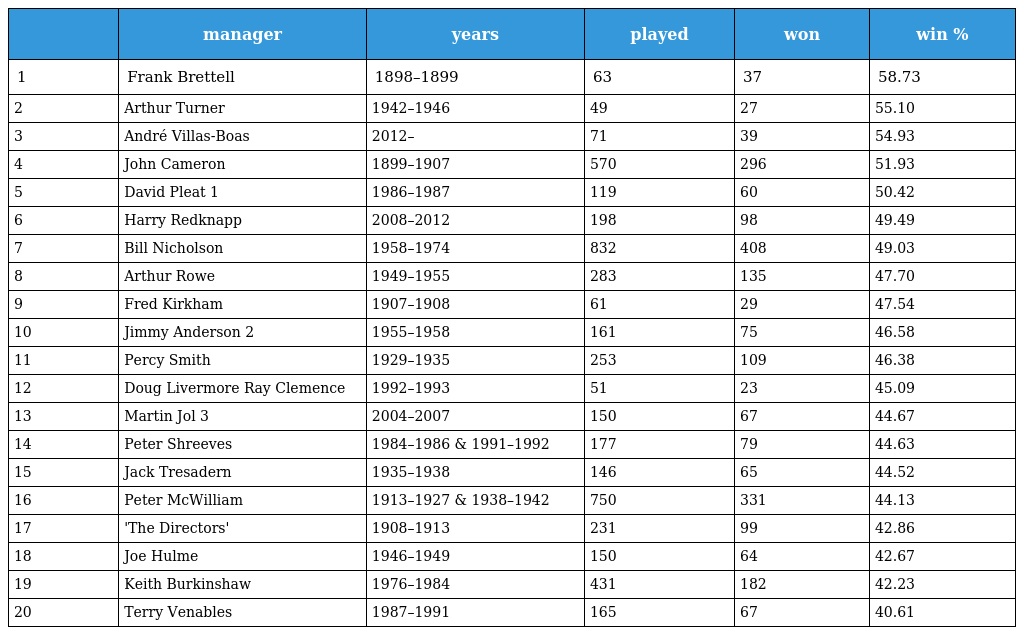
|  | manager | years | played | won | win % |
 | --- | --- | --- | --- | --- | --- |
 | 1 | Frank Brettell | 1898–1899 | 63 | 37 | 58.73 |
 | 2 | Arthur Turner | 1942–1946 | 49 | 27 | 55.10 |
 | 3 | André Villas-Boas | 2012– | 71 | 39 | 54.93 |
 | 4 | John Cameron | 1899–1907 | 570 | 296 | 51.93 |
 | 5 | David Pleat 1 | 1986–1987 | 119 | 60 | 50.42 |
 | 6 | Harry Redknapp | 2008–2012 | 198 | 98 | 49.49 |
 | 7 | Bill Nicholson | 1958–1974 | 832 | 408 | 49.03 |
 | 8 | Arthur Rowe | 1949–1955 | 283 | 135 | 47.70 |
 | 9 | Fred Kirkham | 1907–1908 | 61 | 29 | 47.54 |
 | 10 | Jimmy Anderson 2 | 1955–1958 | 161 | 75 | 46.58 |
 | 11 | Percy Smith | 1929–1935 | 253 | 109 | 46.38 |
 | 12 | Doug Livermore Ray Clemence | 1992–1993 | 51 | 23 | 45.09 |
 | 13 | Martin Jol 3 | 2004–2007 | 150 | 67 | 44.67 |
 | 14 | Peter Shreeves | 1984–1986 & 1991–1992 | 177 | 79 | 44.63 |
 | 15 | Jack Tresadern | 1935–1938 | 146 | 65 | 44.52 |
 | 16 | Peter McWilliam | 1913–1927 & 1938–1942 | 750 | 331 | 44.13 |
 | 17 | 'The Directors' | 1908–1913 | 231 | 99 | 42.86 |
 | 18 | Joe Hulme | 1946–1949 | 150 | 64 | 42.67 |
 | 19 | Keith Burkinshaw | 1976–1984 | 431 | 182 | 42.23 |
 | 20 | Terry Venables | 1987–1991 | 165 | 67 | 40.61 |